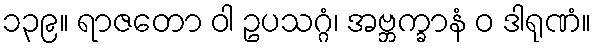
၁၃၉။ ရာဇတော ဝါ ဥပသဂ္ဂံ၊ အဗ္ဘက္ခာနံ ဝ ဒါရုဏံ။